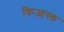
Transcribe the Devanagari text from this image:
किआस्क